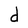
Character: d